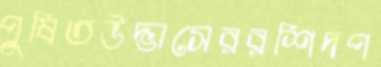
পুষিতউদ্ভাসেররশিদপ